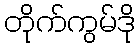
တိုက်ကွမ်ဒို